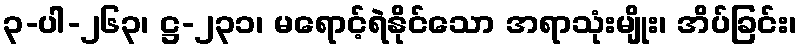
၃-ပါ-၂၆၃၊ ဋ္ဌ-၂၃၁၊ မရောင့်ရဲနိုင်သော အရာသုံးမျိုး၊ အိပ်ခြင်း၊